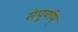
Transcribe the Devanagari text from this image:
संपूर्णम्‌